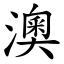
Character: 澳